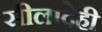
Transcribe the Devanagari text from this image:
सीलादेही